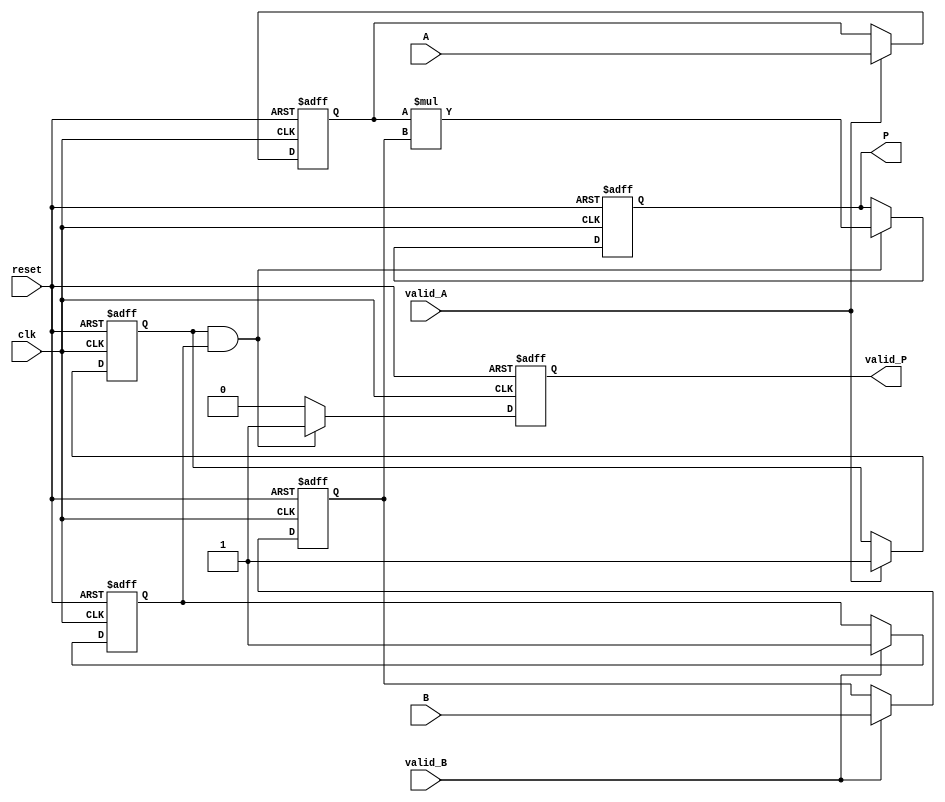
module StreamingMultiplier #(
    parameter DATA_WIDTH = 16, // Width of the input data
    parameter PROD_WIDTH = 32   // Width of the product output
) (
    input wire clk,
    input wire reset,
    input wire [DATA_WIDTH-1:0] A,
    input wire valid_A,
    input wire [DATA_WIDTH-1:0] B,
    input wire valid_B,
    output reg [PROD_WIDTH-1:0] P,
    output reg valid_P
);

    // Internal signals
    reg [DATA_WIDTH-1:0] A_reg;
    reg [DATA_WIDTH-1:0] B_reg;
    reg valid_A_reg;
    reg valid_B_reg;

    // Pipeline stage for multiplication
    always @(posedge clk or posedge reset) begin
        if (reset) begin
            // Reset outputs
            P <= 0;
            valid_P <= 0;
            A_reg <= 0;
            B_reg <= 0;
            valid_A_reg <= 0;
            valid_B_reg <= 0;
        end else begin
            // Update registers with incoming data if valid
            if (valid_A) begin
                A_reg <= A;
                valid_A_reg <= 1;
            end
            
            if (valid_B) begin
                B_reg <= B;
                valid_B_reg <= 1;
            end
            
            // Perform multiplication when both inputs are valid
            if (valid_A_reg && valid_B_reg) begin
                P <= A_reg * B_reg; // Perform multiplication
                valid_P <= 1; // Indicate product is valid
            end else begin
                valid_P <= 0; // Product is not valid
            end
        end
    end

endmodule